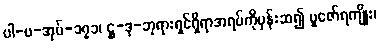
ပါ-ပ-အုပ်-၁၇၁၊ ဋ္ဌ-ဒု-ဘုရားရှင်ရှိရာအရပ်ကိုမှန်းဆ၍ ပူဇော်ရကျိုး၊